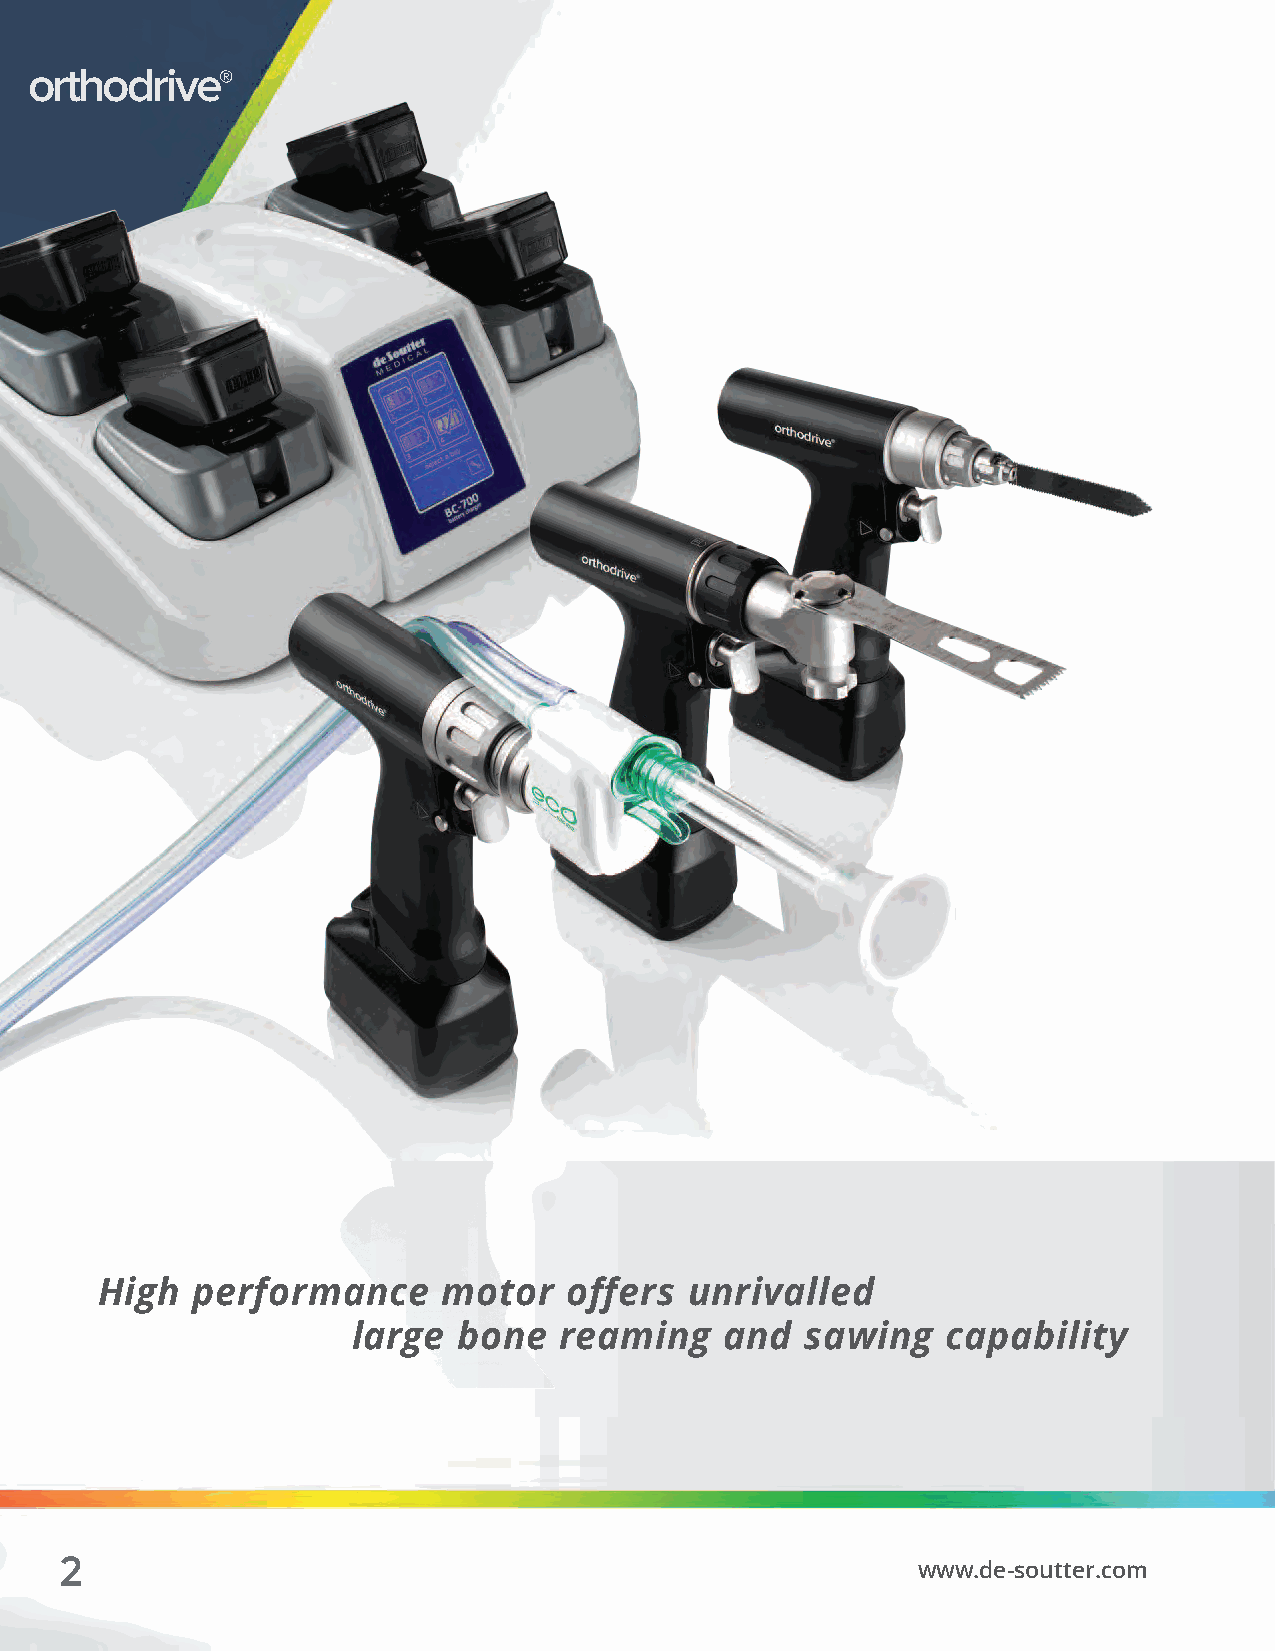
orthodrive®
 High   performance     motor    offers  unrivalled
 large  bone   reaming    and  sawing    capability
 2
 www.de-soutter.com